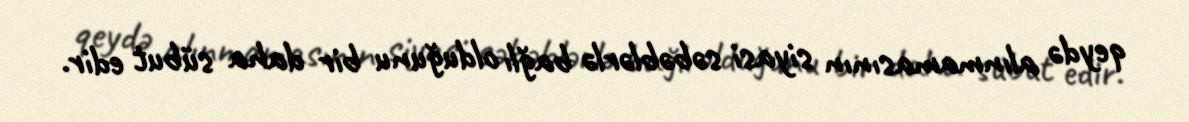
qeydə alınmamasının siyasi səbəblərlə bağlı olduğunu bir daha sübut edir.